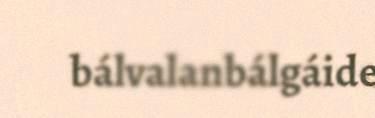
bálvalanbálgáide